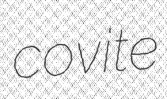
covite